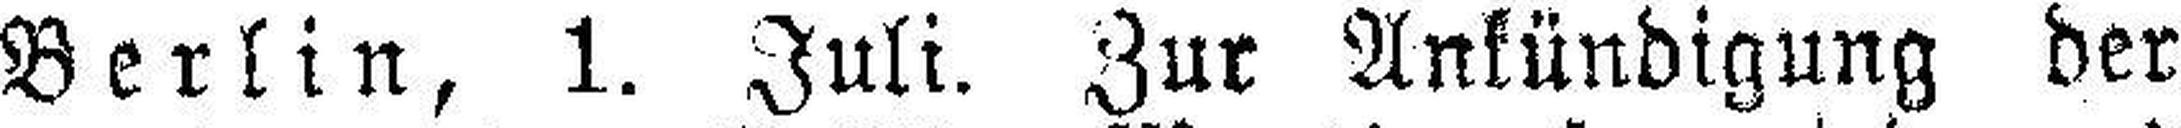
Berlin, 1. Juli. Zur Ankündigung der